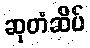
ဆုတံဆိပ်